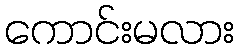
ကောင်းမလား